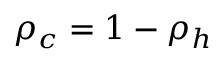
\rho _ { c } = 1 - \rho _ { h }